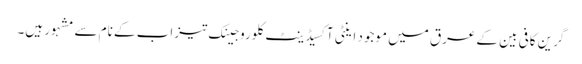
گرین کافی بین کے عرق میں موجود اینٹی آکسیڈینٹ کلوروجینک تیزاب کے نام سے مشہور ہیں۔